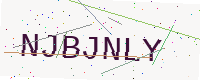
Text: NJBJNLY